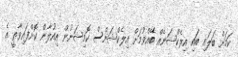
ކަމަށް ބަލައި ބައި އިލެކްޝަނެއް ބޭއްވުމަށް އިލެކްޝަންސް ކޮމިޝަނުން އިއުލާން ކޮށްފައިވާތީ އެ